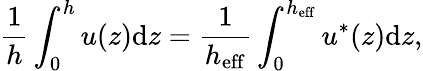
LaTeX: \frac{1}{h}\int_{0}^{h}u(z)\mathrm{d}z=\frac{1}{h_{\mathrm{eff}}}\int_{0}^{h_{\mathrm{eff}}}u^{\ast}(z)\mathrm{d}z,